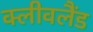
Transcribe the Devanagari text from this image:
क्‍लीवलैंड